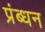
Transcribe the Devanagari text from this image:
प्रंब्धन